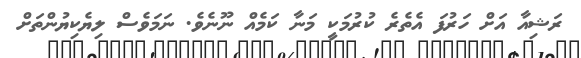
ރަޝިއާ އަށް ހަރުފަ އެތެރެ ކުރުމަކީ މަނާ ކަމެއް ނޫނެވެ. ނަމަވެސް ލިޔެކިޔުންތަށް